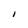
Character: I